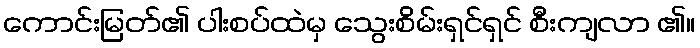
ကောင်းမြတ်၏ ပါးစပ်ထဲမှ သွေးစိမ်းရှင်ရှင် စီးကျလာ ၏။